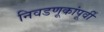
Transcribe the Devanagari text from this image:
निवडणूकांपूर्वी